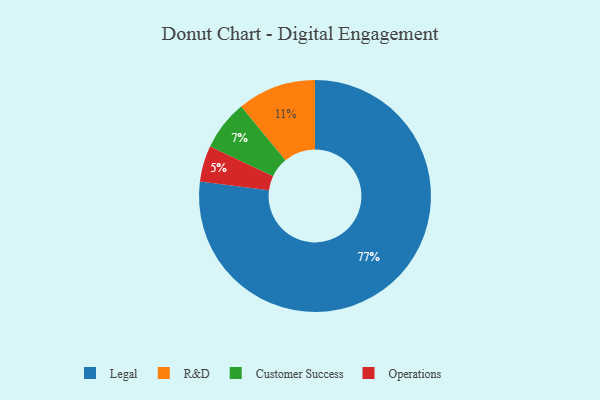
{"axis": {"x": "Category", "y": "Percentage"}, "legend": ["Customer Success", "Legal", "Operations", "R&D"], "data": [{"x": "Operations", "y": 5, "type": "Operations"}, {"x": "Customer Success", "y": 7, "type": "Customer Success"}, {"x": "R&D", "y": 11, "type": "R&D"}, {"x": "Legal", "y": 77, "type": "Legal"}]}